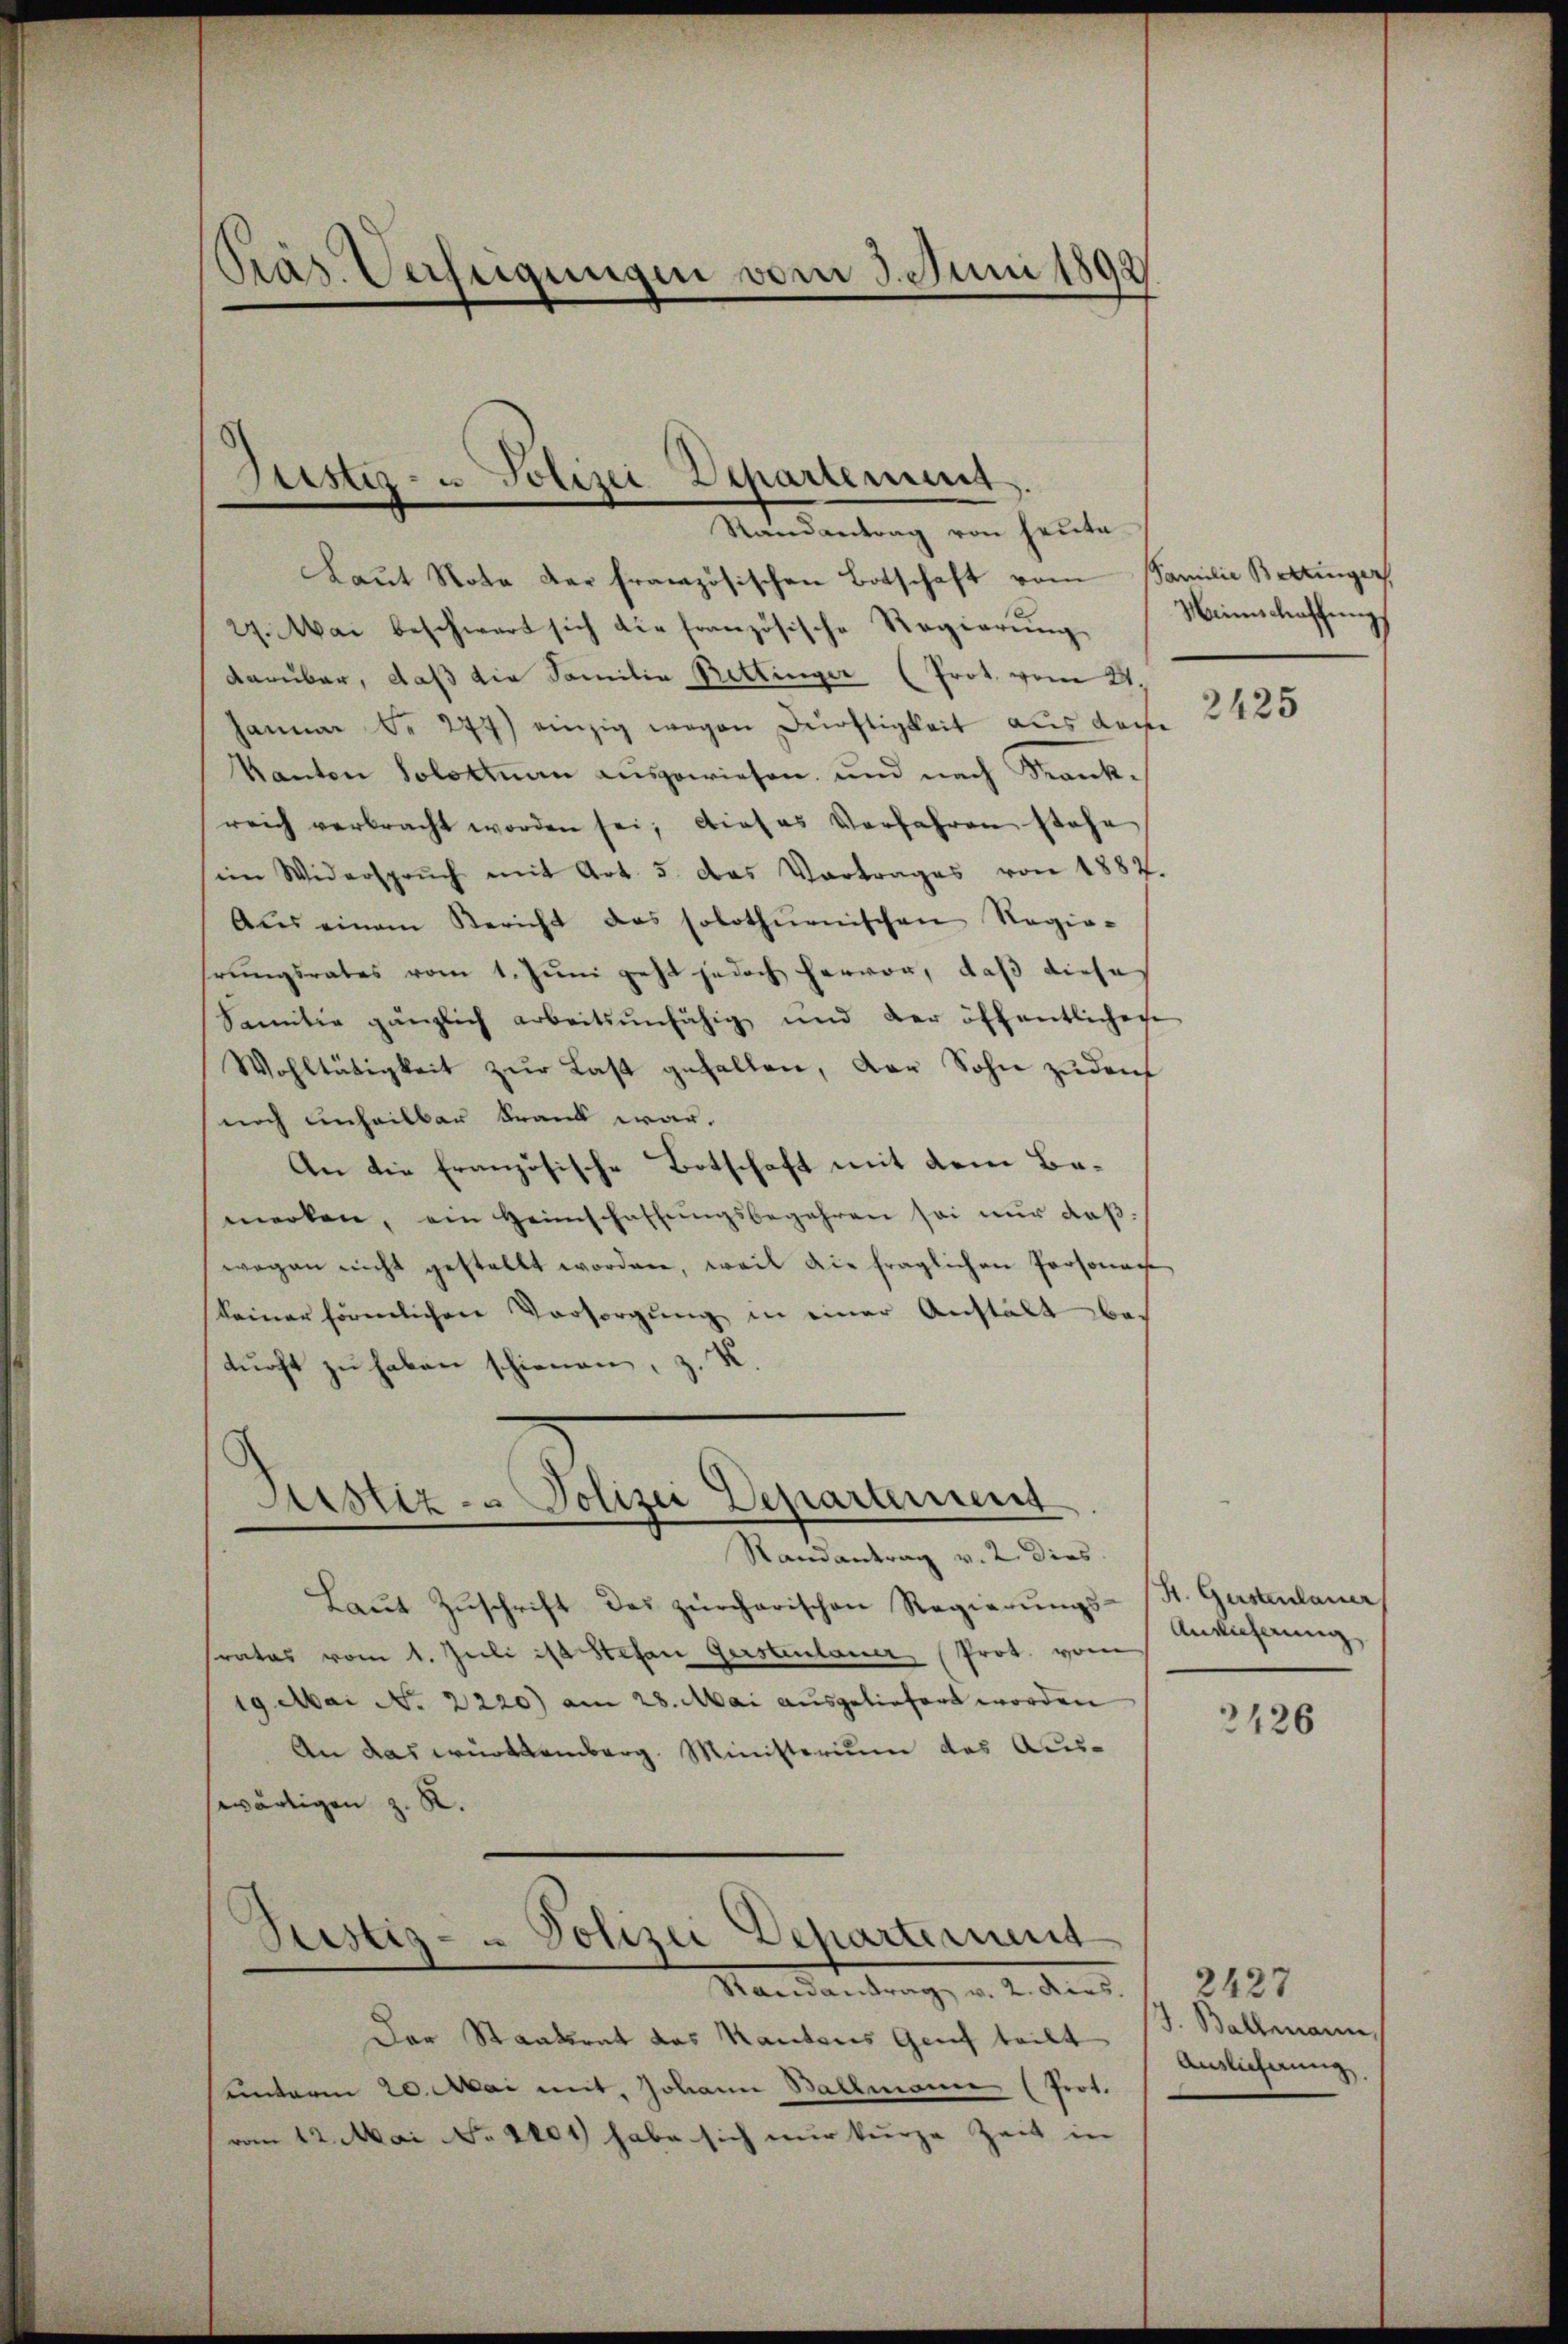
Präs. Verfeigungen vom 3. Juni 180
f

Justiz- u. Polizei Departement

Randantrag von heute
Laut Nota der französischen Botschaft vom
27. Mai beschwert sich die französische Regierung
darüber, daß die Familie Rettinger (Prot. vom 21.
Januar Nr. 277) einzig wegen Dürftigkeit aus den
Kanton Solotinen ausgewiesen und nach Krankreich verbracht worden sei; dieses Verfahren stehe
im Widerspruch mit Art. 5. das Vortrages von 1887.
Aŭs einem Bericht das solothurnischen Regie-
hrungsrates vom 1. Juni geht jedoch hervor, daß dieses
Familie gänzlich arbeitsunfähig und der öffentlichen
Wohltätigkeit zŭr Last gefallen, der Sohn zŭ def
noch einheilbar krank war.
An die Französische Botschaft mit dem Bemerken, ein Heimschaffŭngsbegehren sei nur daß
wegen nicht gestellt worden, weil die fraglichen Personac
keiner förmlichen Vorsorgung in einer Anstalt bedurft zu haben schienen, z. B.
Randantrag v. 2. dies
Laŭt Zŭschrift des zürcherischen Regierŭngs- St. Gestenlauer
rates vom 1. Juli ist Stefan Gersteulauer (Prot. vom
19 Mai No 2220) am 28. Mai ausgeliefert worden
An das württemberg. Ministerium das Auswärtigen z. R.
Randantrag, v. 2. dies
Der Staatsrat das Kantons Genf teilt
unterm 20. Mai mit, Johann Ballmann (Prot.
vom 12. Mai No 1401 habe sich nur kurze Zeit in

Justiz - Polizei Departement

Justiz- & Polizei Departement

Familie Bettinger
Weinschaffungs

2425

Anlieferung

2426

2427
Ballenann
Auslicherung